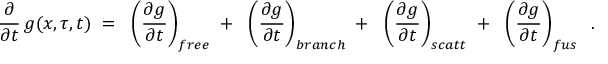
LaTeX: \frac { \partial } { \partial t } \, g ( x , \tau , t ) \; = \; \; \left( \frac { \partial g } { \partial t } \right) _ { f r e e } \; + \; \; \left( \frac { \partial g } { \partial t } \right) _ { b r a n c h } \; + \; \; \left( \frac { \partial g } { \partial t } \right) _ { s c a t t } \; + \; \; \left( \frac { \partial g } { \partial t } \right) _ { f u s } \; \; .